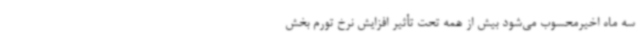
سه ماه اخیرمحسوب می‌شود بیش از همه تحت تأثیر افزایش نرخ تورم بخش